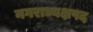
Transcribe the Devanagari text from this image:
नगराध्यक्षपद